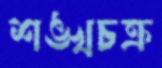
শঙ্খচক্র